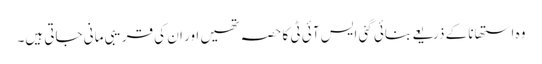
وہ استھانا کے ذریعے بنائی گئی ایس آئی ٹی کا حصہ تھیں اور ان کی قریبی مانی جاتی ہیں۔